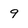
Character: 9